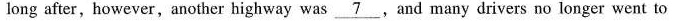
long after,however,another highway was \underline{7} .And many drivers no longer went to